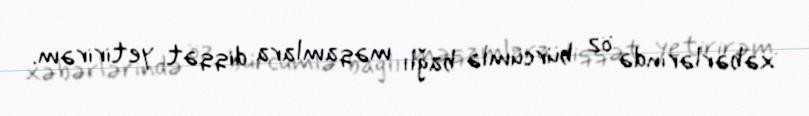
xəbərlərində öz bürcümlə bağlı məqamlara diqqət yetirirəm.